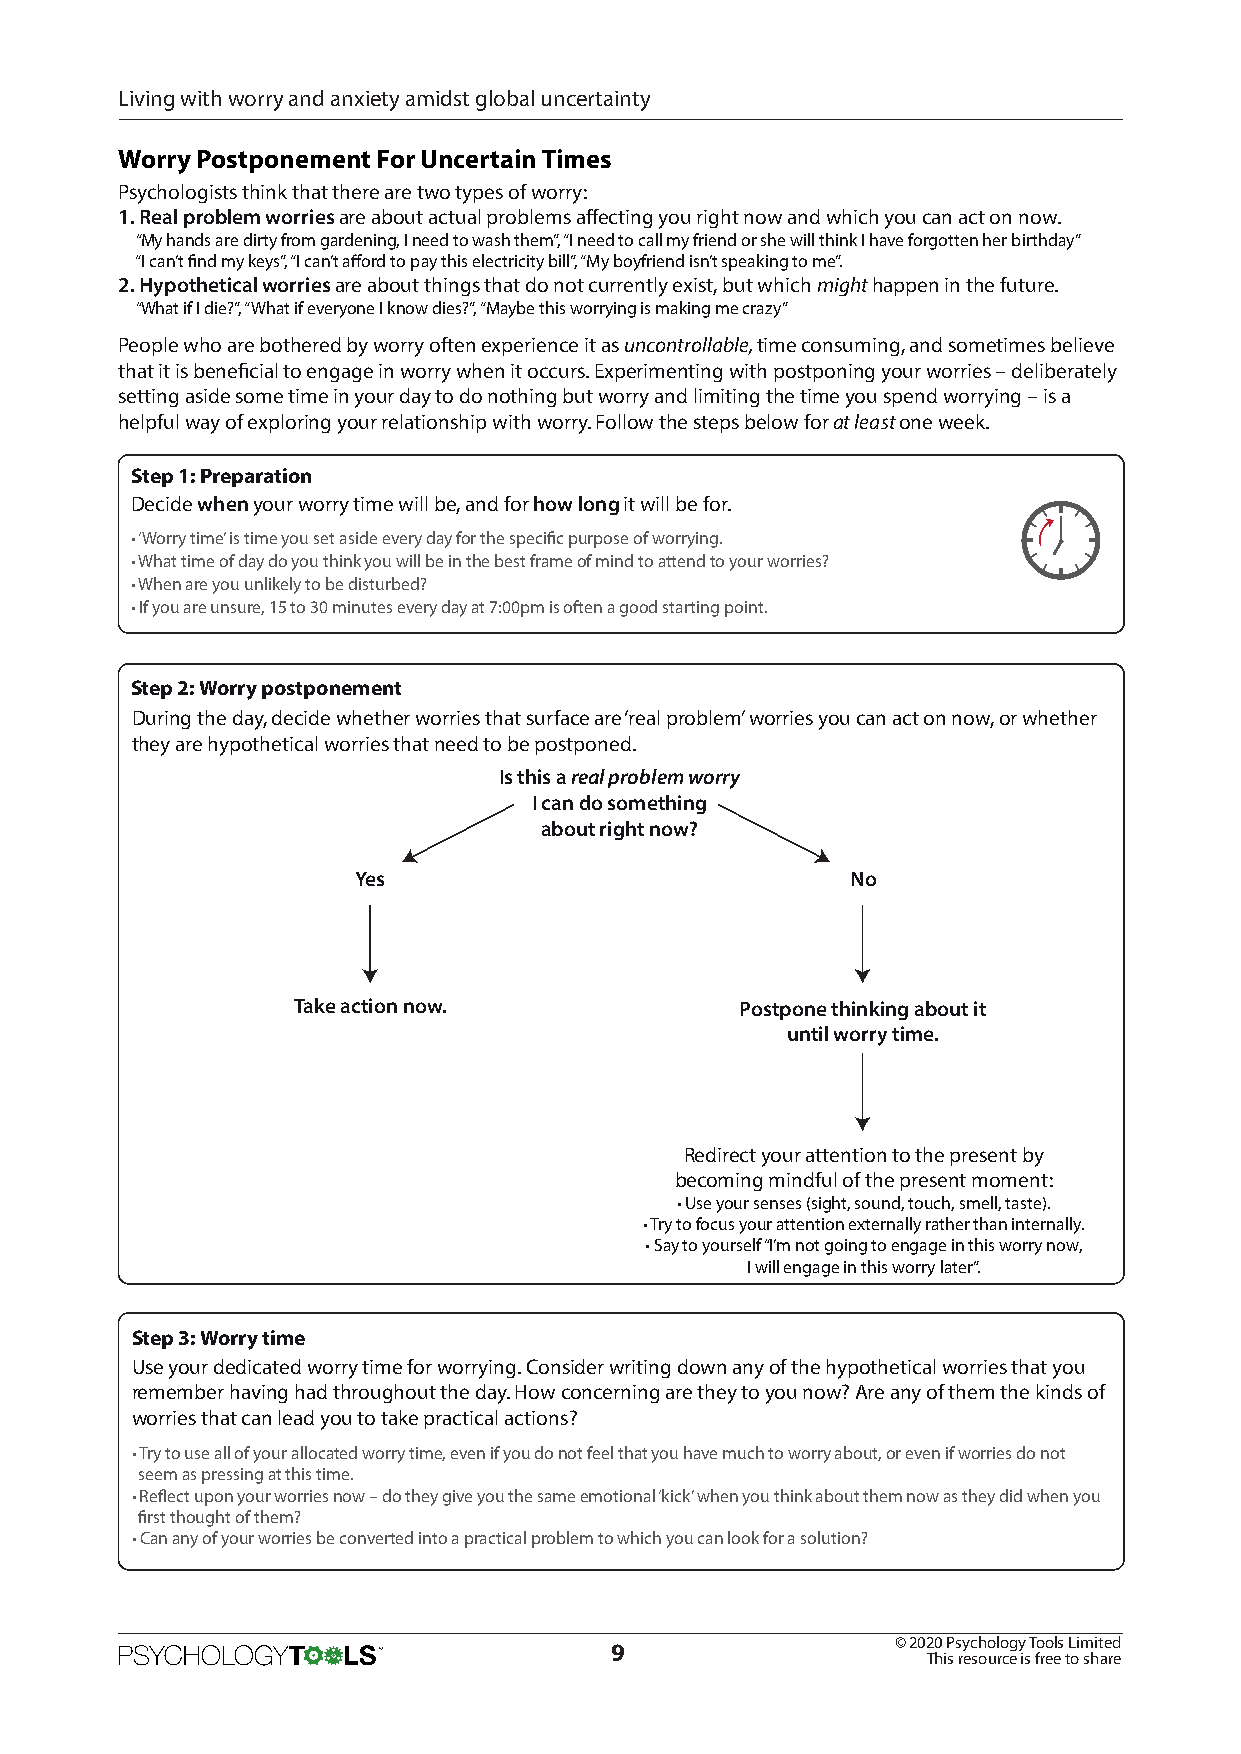
Living with worry and anxiety amidst global uncertainty
 Worry Postponement For Uncertain Times
 Psychologists think that there are two types of worry:
 1. Real problem worries are about actual problems affecting you right now and which you can act on now.
 “My hands are dirty from gardening, I need to wash them”, “I need to call my friend or she will think I have forgotten her birthday”
 “I can’t find my keys”, “I can’t afford to pay this electricity bill”, “My boyfriend isn’t speaking to me”.
 2. Hypothetical worries are about things that do not currently exist, but which might happen in the future.
 “What if I die?”, “What if everyone I know dies?”, “Maybe this worrying is making me crazy”
 People who are bothered by worry often experience it as uncontrollable, time consuming, and sometimes believe
 that it is beneficial to engage in worry when it occurs. Experimenting with postponing your worries – deliberately
 setting aside some time in your day to do nothing but worry and limiting the time you spend worrying – is a
 helpful way of exploring your relationship with worry. Follow the steps below for at least one week.
 Step 1: Preparation
 Decide when your worry time will be, and for how long it will be for.
 • ‘Worry time’ is time you set aside every day for the specific purpose of worrying.
 • What time of day do you think you will be in the best frame of mind to attend to your worries?
 • When are you unlikely to be disturbed?
 • If you are unsure, 15 to 30 minutes every day at 7:00pm is often a good starting point.
 Step 2: Worry postponement
 During the day, decide whether worries that surface are ‘real problem’ worries you can act on now, or whether
 they are hypothetical worries that need to be postponed.
 Is this a real problem worry
 I can do something
 about right now?
 Yes                              No
 Take action now.              Postpone thinking about it
 until worry time.
 Redirect your attention to the present by
 becoming mindful of the present moment:
 • Use your senses (sight, sound, touch, smell, taste).
 • Try to focus your attention externally rather than internally.
 • Say to yourself “I’m not going to engage in this worry now,
 I will engage in this worry later”.
 Step 3: Worry time
 Use your dedicated worry time for worrying. Consider writing down any of the hypothetical worries that you
 remember having had throughout the day. How concerning are they to you now? Are any of them the kinds of
 worries that can lead you to take practical actions?
 • Try to use all of your allocated worry time, even if you do not feel that you have much to worry about, or even if worries do not
 seem as pressing at this time.
 • Reflect upon your worries now – do they give you the same emotional ‘kick’ when you think about them now as they did when you
 first thought of them?
 • Can any of your worries be converted into a practical problem to which you can look for a solution?
 © 2020 Psychology Tools Limited
 9
 This resource is free to share